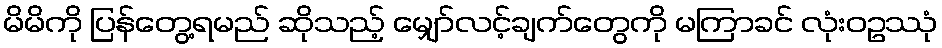
မိမိကို ပြန်တွေ့ရမည် ဆိုသည့် မျှော်လင့်ချက်တွေကို မကြာခင် လုံးဝဥဿုံ